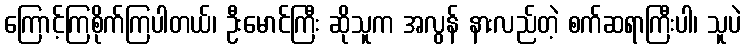
ကြောင့်ကြစိုက်ကြပါတယ်၊ ဦးမောင်ကြီး ဆိုသူက အလွန် နားလည်တဲ့ စက်ဆရာကြီးပါ၊ သူပဲ